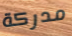
مدركة